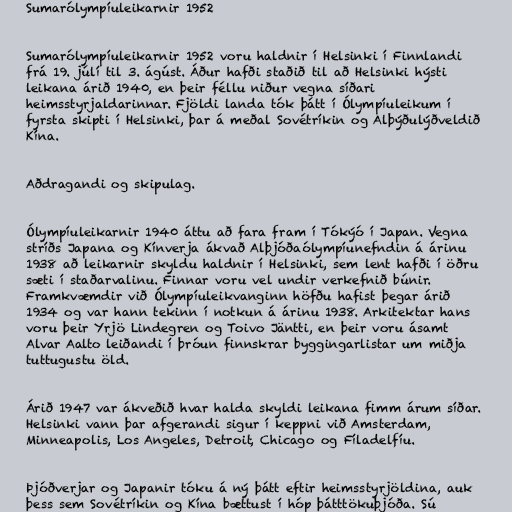
Sumarólympíuleikarnir 1952

Sumarólympíuleikarnir 1952 voru haldnir í Helsinki í Finnlandi
frá 19. júlí til 3. ágúst. Áður hafði staðið til að Helsinki hýsti
leikana árið 1940, en þeir féllu niður vegna síðari
heimsstyrjaldarinnar. Fjöldi landa tók þátt í Ólympíuleikum í
fyrsta skipti í Helsinki, þar á meðal Sovétríkin og Alþýðulýðveldið
Kína.

Aðdragandi og skipulag.

Ólympíuleikarnir 1940 áttu að fara fram í Tókýó í Japan. Vegna
stríðs Japana og Kínverja ákvað Alþjóðaólympíunefndin á árinu
1938 að leikarnir skyldu haldnir í Helsinki, sem lent hafði í öðru
sæti í staðarvalinu. Finnar voru vel undir verkefnið búnir.
Framkvæmdir við Ólympíuleikvanginn höfðu hafist þegar árið
1934 og var hann tekinn í notkun á árinu 1938. Arkitektar hans
voru þeir Yrjö Lindegren og Toivo Jäntti, en þeir voru ásamt
Alvar Aalto leiðandi í þróun finnskrar byggingarlistar um miðja
tuttugustu öld.

Árið 1947 var ákveðið hvar halda skyldi leikana fimm árum síðar.
Helsinki vann þar afgerandi sigur í keppni við Amsterdam,
Minneapolis, Los Angeles, Detroit, Chicago og Fíladelfíu.

Þjóðverjar og Japanir tóku á ný þátt eftir heimsstyrjöldina, auk
þess sem Sovétríkin og Kína bættust í hóp þátttökuþjóða. Sú